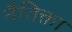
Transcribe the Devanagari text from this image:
नैतिक्ता